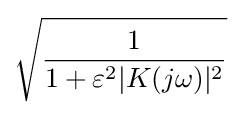
{\sqrt {\frac {1}{1+\varepsilon ^{2}|K(j\omega )|^{2}}}}